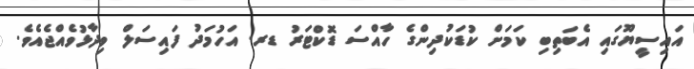
އައިސީޔޫގައި އެބަތިބި ކަމަށް ކުޑަކުދިންގެ ހާއްސަ ޑޮކްޓަރު ޑރ. އަހުމަދު ފައިސަލް ވިދާޅުވެއްޖެއެވެ.